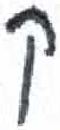
אות: ק